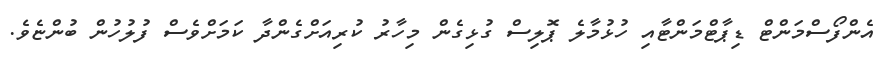
އެންފޯސްމަންޓް ޑިޕާޓްމަންޓާއި ހުޅުމާލެ ޕޮލިސް ގުޅިގެން މިހާރު ކުރިއަށްގެންދާ ކަމަށްވެސް ފުލުހުން ބުންޏެވެ.